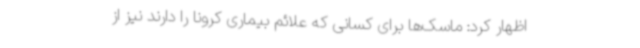
اظهار کرد: ماسک‌ها برای کسانی که علائم بیماری کرونا را دارند نیز از